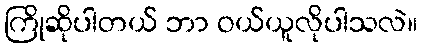
ကြိုဆိုပါတယ် ဘာ ဝယ်ယူလိုပါသလဲ။